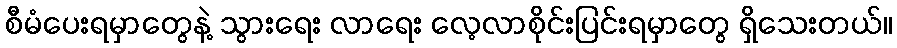
စီမံပေးရမှာတွေနဲ့ သွားရေး လာရေး လေ့လာစိုင်းပြင်းရမှာတွေ ရှိသေးတယ်။